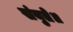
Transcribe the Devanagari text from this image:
संयुते॥